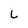
Character: L